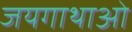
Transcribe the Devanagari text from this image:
जयगाथाओं